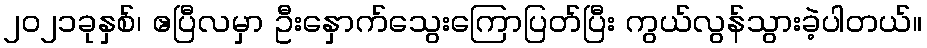
၂၀၂၁ခုနှစ်၊ ဧပြီလမှာ ဦးနှောက်သွေးကြောပြတ်ပြီး ကွယ်လွန်သွားခဲ့ပါတယ်။